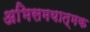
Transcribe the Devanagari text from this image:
अभिसमयात्मक